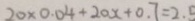
2 0 \times 0 . 0 4 + 2 0 x + 0 . 7 = 2 . 5